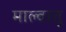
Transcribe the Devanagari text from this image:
माल्वातु